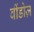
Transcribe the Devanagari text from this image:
वींडोज़